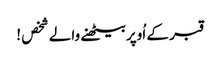
قبر کے اُوپربیٹھنے والے شخص !